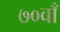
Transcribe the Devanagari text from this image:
७०वाँ